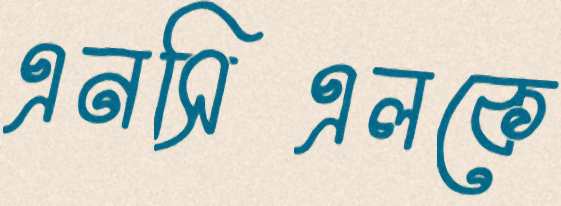
এনসিএলকে